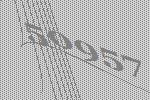
50957